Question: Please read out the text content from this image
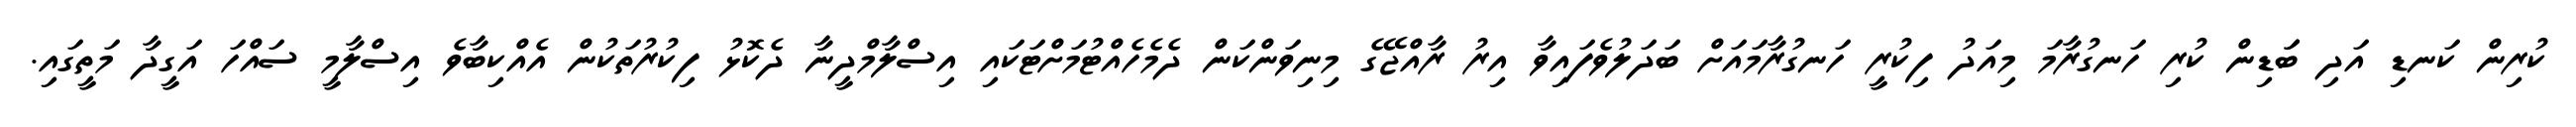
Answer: ކުރިން ކަނޑި އަދި ބަަޑިން ކުރި ހަނގުރާމަ މިއަދު ފިކުރީ ހަނގުރާމައަށް ބަދަލުވެފައިވާ އިރު ރާއްޖޭގެ މިނިވަންކަން ދެމެހެއްޓުމަށްޓަކައި އިސްލާމްދީނާ ދެކޮޅު ފިކުރުތަކުން އެއްކިބާވެ އިސްލާމީ ސައްހަ އަގީދާ މަތީގައި.